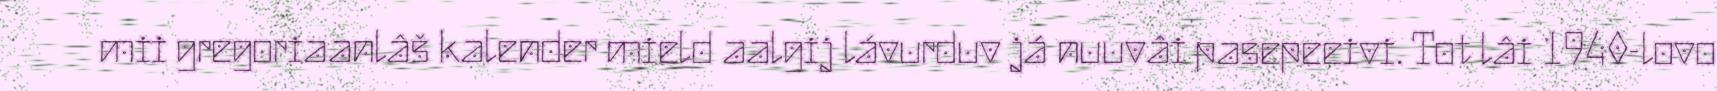
mii gregoriaanlâš kalender mield aalgij lávurduv já nuuvâi pasepeeivi. Tot lâi 1940-lovo